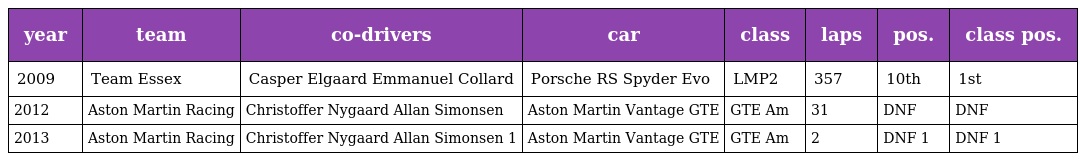
| year | team | co-drivers | car | class | laps | pos. | class pos. |
 | --- | --- | --- | --- | --- | --- | --- | --- |
 | 2009 | Team Essex | Casper Elgaard Emmanuel Collard | Porsche RS Spyder Evo | LMP2 | 357 | 10th | 1st |
 | 2012 | Aston Martin Racing | Christoffer Nygaard Allan Simonsen | Aston Martin Vantage GTE | GTE Am | 31 | DNF | DNF |
 | 2013 | Aston Martin Racing | Christoffer Nygaard Allan Simonsen 1 | Aston Martin Vantage GTE | GTE Am | 2 | DNF 1 | DNF 1 |